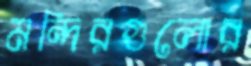
মন্দিরগুলোর